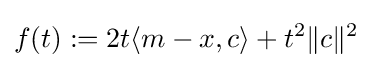
f(t):=2t\langle m-x,c\rangle +t^{2}\|c\|^{2}